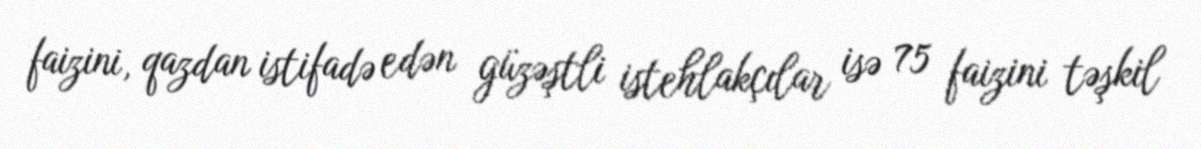
faizini, qazdan istifadə edən güzəştli istehlakçılar isə 75 faizini təşkil